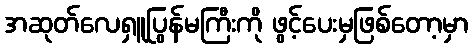
အဆုတ်လေရှူပြွန်မကြီးကို ဖွင့်ပေးမှဖြစ်တော့မှာ